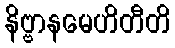
နိဗ္ဗာနမေဟိတီတိ